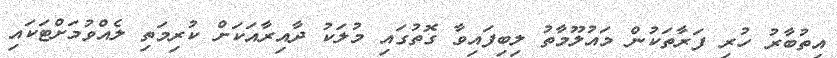
އިތުބާރު ހުރި ފަރާތަކުން މައުލޫމާތު ލިބިފައިވާ ގޮތުގައި މުލަކު ދާއިރާއަކަށް ކުރިމަތި ލެއްވުމަށްޓަކައި